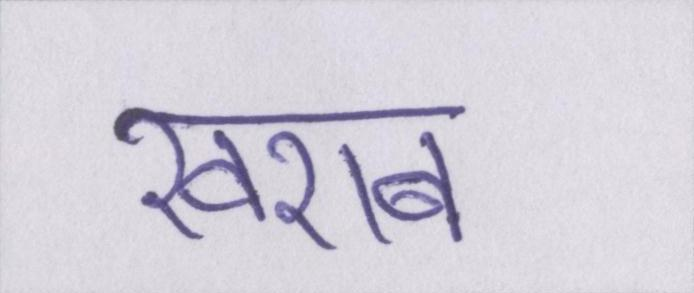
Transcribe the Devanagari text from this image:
खराब